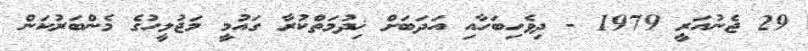
29 ޖެނުއަރީ 1979 - ދިވެހިބަހާއި އަދަބަށް ޚިދުމަތްކުރާ ގައުމީ މަޖުލީހުގެ މެންބަރުކަން